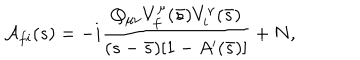
LaTeX: { \cal A } _ { f i } ( s ) = - i \frac { Q _ { \mu \nu } V _ { f } ^ { \mu } ( \bar { s } ) V _ { i } ^ { \nu } ( \bar { s } ) } { ( s - \bar { s } ) [ 1 - A ^ { \prime } ( \bar { s } ) ] } + N ,